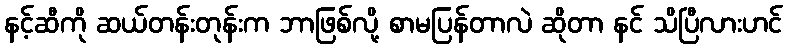
နင့်ဆီကို ဆယ်တန်းတုန်းက ဘာဖြစ်လို့ စာမပြန်တာလဲ ဆိုတာ နင် သိပြီလားဟင်